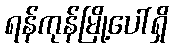
ရန်ကုန်မြို့ပေါ်ရှိ